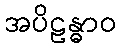
အပိဠန္ဓာဝ